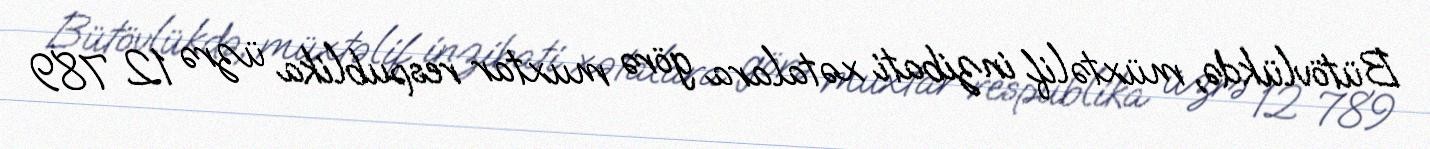
Bütövlükdə, müxtəlif inzibati xətalara görə muxtar respublika üzrə 12 789